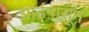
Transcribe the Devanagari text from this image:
आईपासून